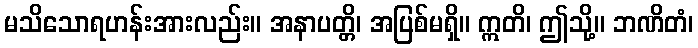
မသိသောရဟန်းအားလည်း။ အနာပတ္တိ၊ အပြစ်မရှိ။ ဣတိ၊ ဤသို့။ ဘဏိတံ၊